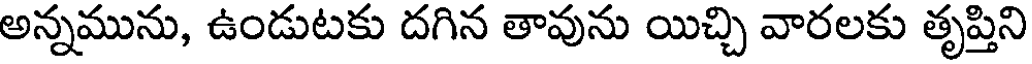
అన్నమును, ఉండుటకు దగిన తావును యిచ్చి వారలకు తృప్తిని